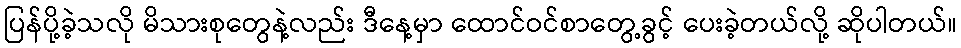
ပြန်ပို့ခဲ့သလို မိသားစုတွေနဲ့လည်း ဒီနေ့မှာ ထောင်ဝင်စာတွေ့ခွင့် ပေးခဲ့တယ်လို့ ဆိုပါတယ်။